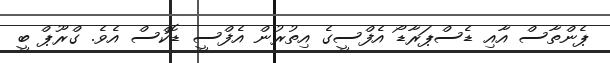
ޕެންތާސް އާއި ޑެސްޕަރާޑޯ އެފްސީގެ އިތުރުން އެފްސީ ޑޮކްސް އެވެ. ގްރޫޕް ބީ